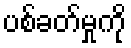
ပစ်ခတ်မှုကို